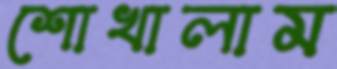
শোখালাম